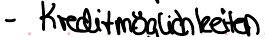
- Kreditmöglichkeiten